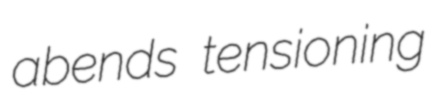
abends tensioning